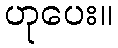
ဟုပေး။